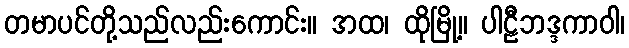
တမာပင်တို့သည်လည်းကောင်း။ အထ၊ ထိုမြို့။ ပါဠီဘဒ္ဒကာဝါ၊